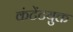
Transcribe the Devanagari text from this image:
कंटेंटयुक्त